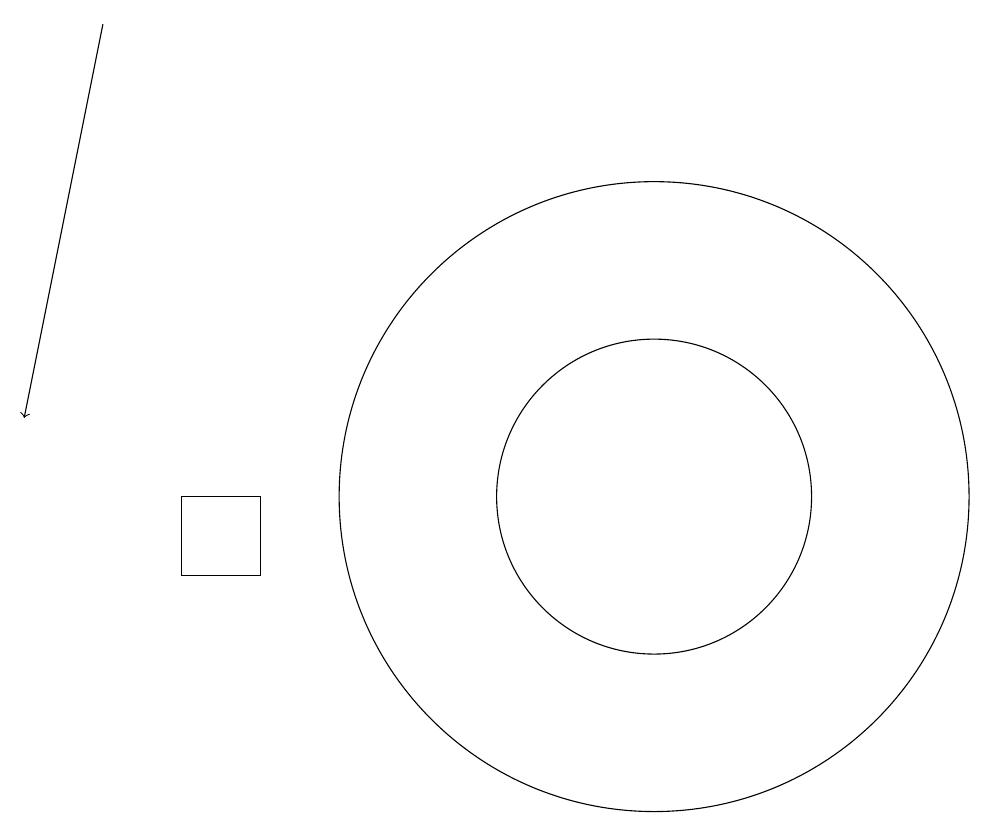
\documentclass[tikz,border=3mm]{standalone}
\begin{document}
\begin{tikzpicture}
\draw (11,11) circle (2);
\draw (11,11) circle (4);
\draw (12,11) circle (0);
\draw (5,10) rectangle (6,11);
\draw[->] (4,17) -- (3,12);
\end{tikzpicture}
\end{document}